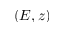
( E , z )